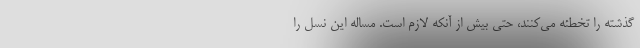
گذشته را تخطئه مي‌كنند، حتي بيش از آنكه لازم است. مساله اين نسل را